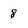
Character: 8